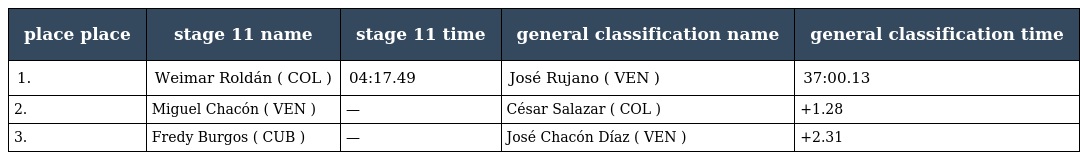
| place place | stage 11 name | stage 11 time | general classification name | general classification time |
 | --- | --- | --- | --- | --- |
 | 1. | Weimar Roldán ( COL ) | 04:17.49 | José Rujano ( VEN ) | 37:00.13 |
 | 2. | Miguel Chacón ( VEN ) | — | César Salazar ( COL ) | +1.28 |
 | 3. | Fredy Burgos ( CUB ) | — | José Chacón Díaz ( VEN ) | +2.31 |